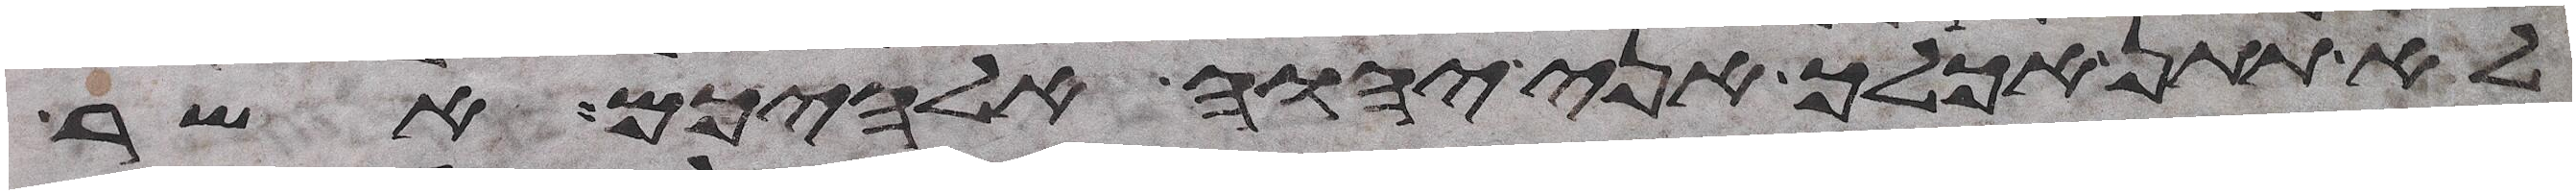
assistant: לא תתן אכלך אני יהוה אלהיכם אשר